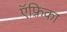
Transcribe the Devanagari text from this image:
ऍफ़्रिका